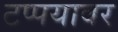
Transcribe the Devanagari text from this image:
टप्पयावर